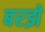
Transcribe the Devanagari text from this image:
बरझे